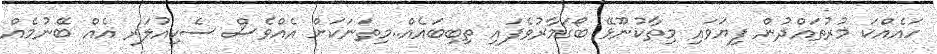
ހައެއްކަ މުރުތައްދުން ފިޔަވައި މިތާކުނޫޅޭ ބޯގަމާރުވެފައި ތިބިބައެއް..މިތަނަކަށް އެއްވެސް ސެކިއުލަރ އެއް ބޭނުމެއް